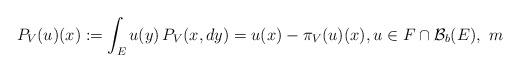
LaTeX: \begin{align*}P_V(u)(x):=\int_Eu(y)\,P_V(x,dy)=u(x)-\pi_V(u)(x),u\in F\cap \mathcal B_b(E),\,\, m\end{align*}